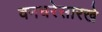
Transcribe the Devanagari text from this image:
वनचरेसारखे